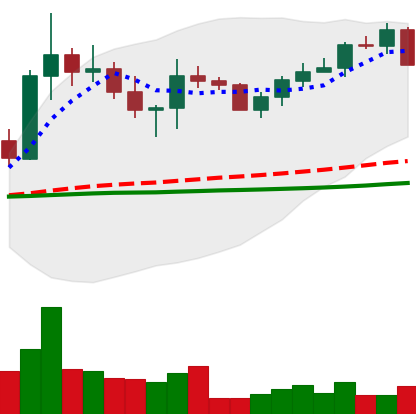
Ticker: XRP-USD
Chart end date: 2022-10-10
Forward return: -3.12%
Label: down_3_5